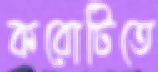
করোটিতে